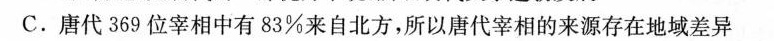
C. 唐代369位宰相中有83%来自北方，所以唐代宰相的来源存在地域差异